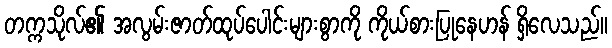
တက္ကသိုလ်၏ အလွမ်းဇာတ်ထုပ်ပေါင်းများစွာကို ကိုယ်စားပြုနေဟန် ရှိလေသည်။